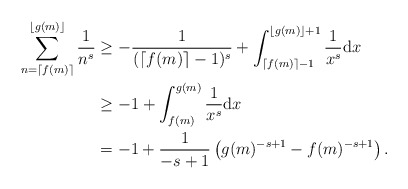
\begin{align*}\sum_{n = \lceil f(m) \rceil}^{\lfloor g(m) \rfloor}\frac{1}{n^s}&\geq-\frac{1}{(\lceil f(m) \rceil -1)^s}+\int_{\lceil f(m)\rceil-1}^{\lfloor g(m)\rfloor +1} \frac{1}{x^s} \mathrm{d}x\\&\geq-1+\int_{ f(m)}^{ g(m)} \frac{1}{x^s} \mathrm{d}x\\&=-1+\frac{1}{-s+1}\left(g(m)^{-s+1} - f(m)^{-s+1}\right).\end{align*}